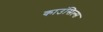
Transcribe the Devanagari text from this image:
काउंसिल्स